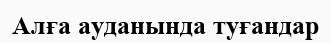
Алға ауданында туғандар